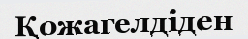
Қожагелдіден